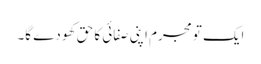
ایک تو مجرم اپنی صفائی کا حق کھو دے گا۔